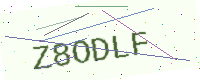
Text: Z8ODLF